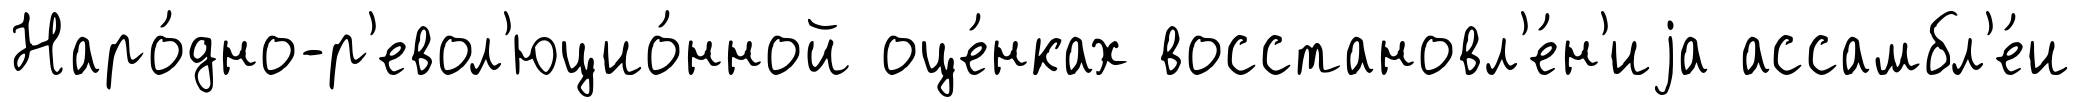
Наро́дно-р'евол'юцио́нной оце́нках восстановл'е́н'иjа ассамбл'е́и